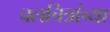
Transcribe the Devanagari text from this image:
चलचित्रांच्या